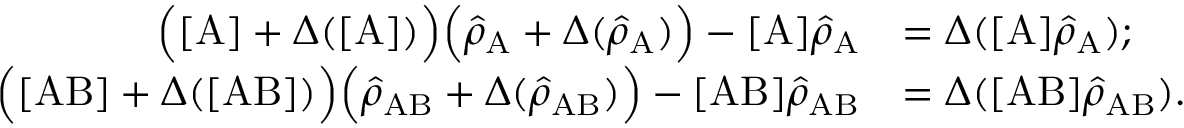
\begin{array} { r l } { \Big ( [ \mathrm { A } ] + \Delta ( [ \mathrm { A } ] ) \Big ) \Big ( \hat { \rho } _ { \mathrm { A } } + \Delta ( \hat { \rho } _ { \mathrm { A } } ) \Big ) - [ \mathrm { A } ] \hat { \rho } _ { \mathrm { A } } } & { = \Delta ( [ \mathrm { A } ] \hat { \rho } _ { \mathrm { A } } ) ; } \\ { \Big ( [ \mathrm { A B } ] + \Delta ( [ \mathrm { A B } ] ) \Big ) \Big ( \hat { \rho } _ { \mathrm { A B } } + \Delta ( \hat { \rho } _ { \mathrm { A B } } ) \Big ) - [ \mathrm { A B } ] \hat { \rho } _ { \mathrm { A B } } } & { = \Delta ( [ \mathrm { A B } ] \hat { \rho } _ { \mathrm { A B } } ) . } \end{array}